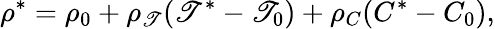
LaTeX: \rho^{*}=\rho_{0}+\rho_{\mathscr{T}}(\mathscr{T}^{*}-\mathscr{T}_{0})+\rho_{C}(C^{*}-C_{0}),